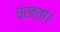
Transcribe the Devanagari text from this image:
चखता।